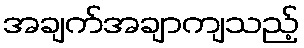
အချက်အချာကျသည့်